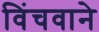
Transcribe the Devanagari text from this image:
विंचवाने